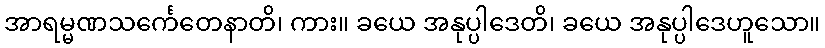
အာရမ္မဏသင်္ကေတေနာတိ၊ ကား။ ခယေ အနုပ္ပါဒေတိ၊ ခယေ အနုပ္ပါဒေဟူသော။